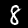
Digit: 8